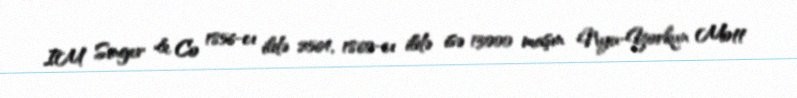
IM Singer & Co 1856-cı ildə 2564, 1860-cı ildə isə 13000 maşın Nyu-Yorkun Mott